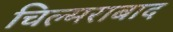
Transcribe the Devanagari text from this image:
चिल्मराबाद